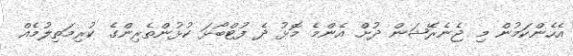
އެހެންކަމުން މި ޖެނެރޭޝަން ދުށް އެންމެ މޮޅު ދެ ފުޓްބޯޅަ ކުޅުންތެރިންގެ ކުރިމަތިލުމެއް